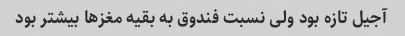
آجیل تازه بود ولی نسبت فندوق به بقیه مغزها بیشتر بود